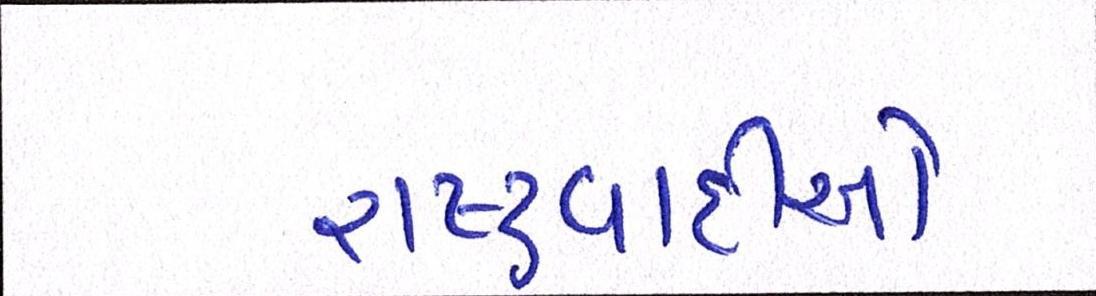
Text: રાષ્ટ્રવાદીઓ